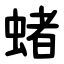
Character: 蝫